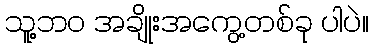
သူ့ဘဝ အချိုးအကွေ့တစ်ခု ပါပဲ။